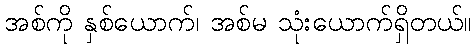
အစ်ကို နှစ်ယောက်၊ အစ်မ သုံးယောက်ရှိတယ်။